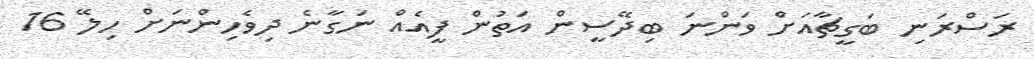
ރަސްރަނި ބަގީޗާއަށް ވަންނަ ބިދޭސީން އަތުން ފީއެއް ނަގާނެ ދިވެހިންނަށް ހިލޭ 16